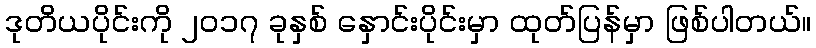
ဒုတိယပိုင်းကို ၂၀၁၇ ခုနှစ် နှောင်းပိုင်းမှာ ထုတ်ပြန်မှာ ဖြစ်ပါတယ်။